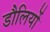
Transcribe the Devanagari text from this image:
डौलियों